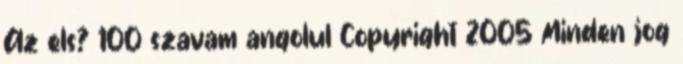
Az els? 100 szavam angolul Copyright 2005 Minden jog